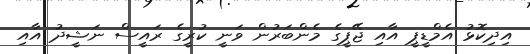
އިދިކޮޅު އެމްޑީޕީ އާއި ޖޭޕީގެ މެންބަރުން ވަނީ ކުރީގެ ރައީސް ނަޝީދު އާއި